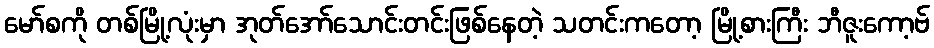
မော်စကို တစ်မြို့လုံးမှာ အုတ်အော်သောင်းတင်းဖြစ်နေတဲ့ သတင်းကတော့ မြို့စားကြီး ဘီဇူးကော့ဗ်